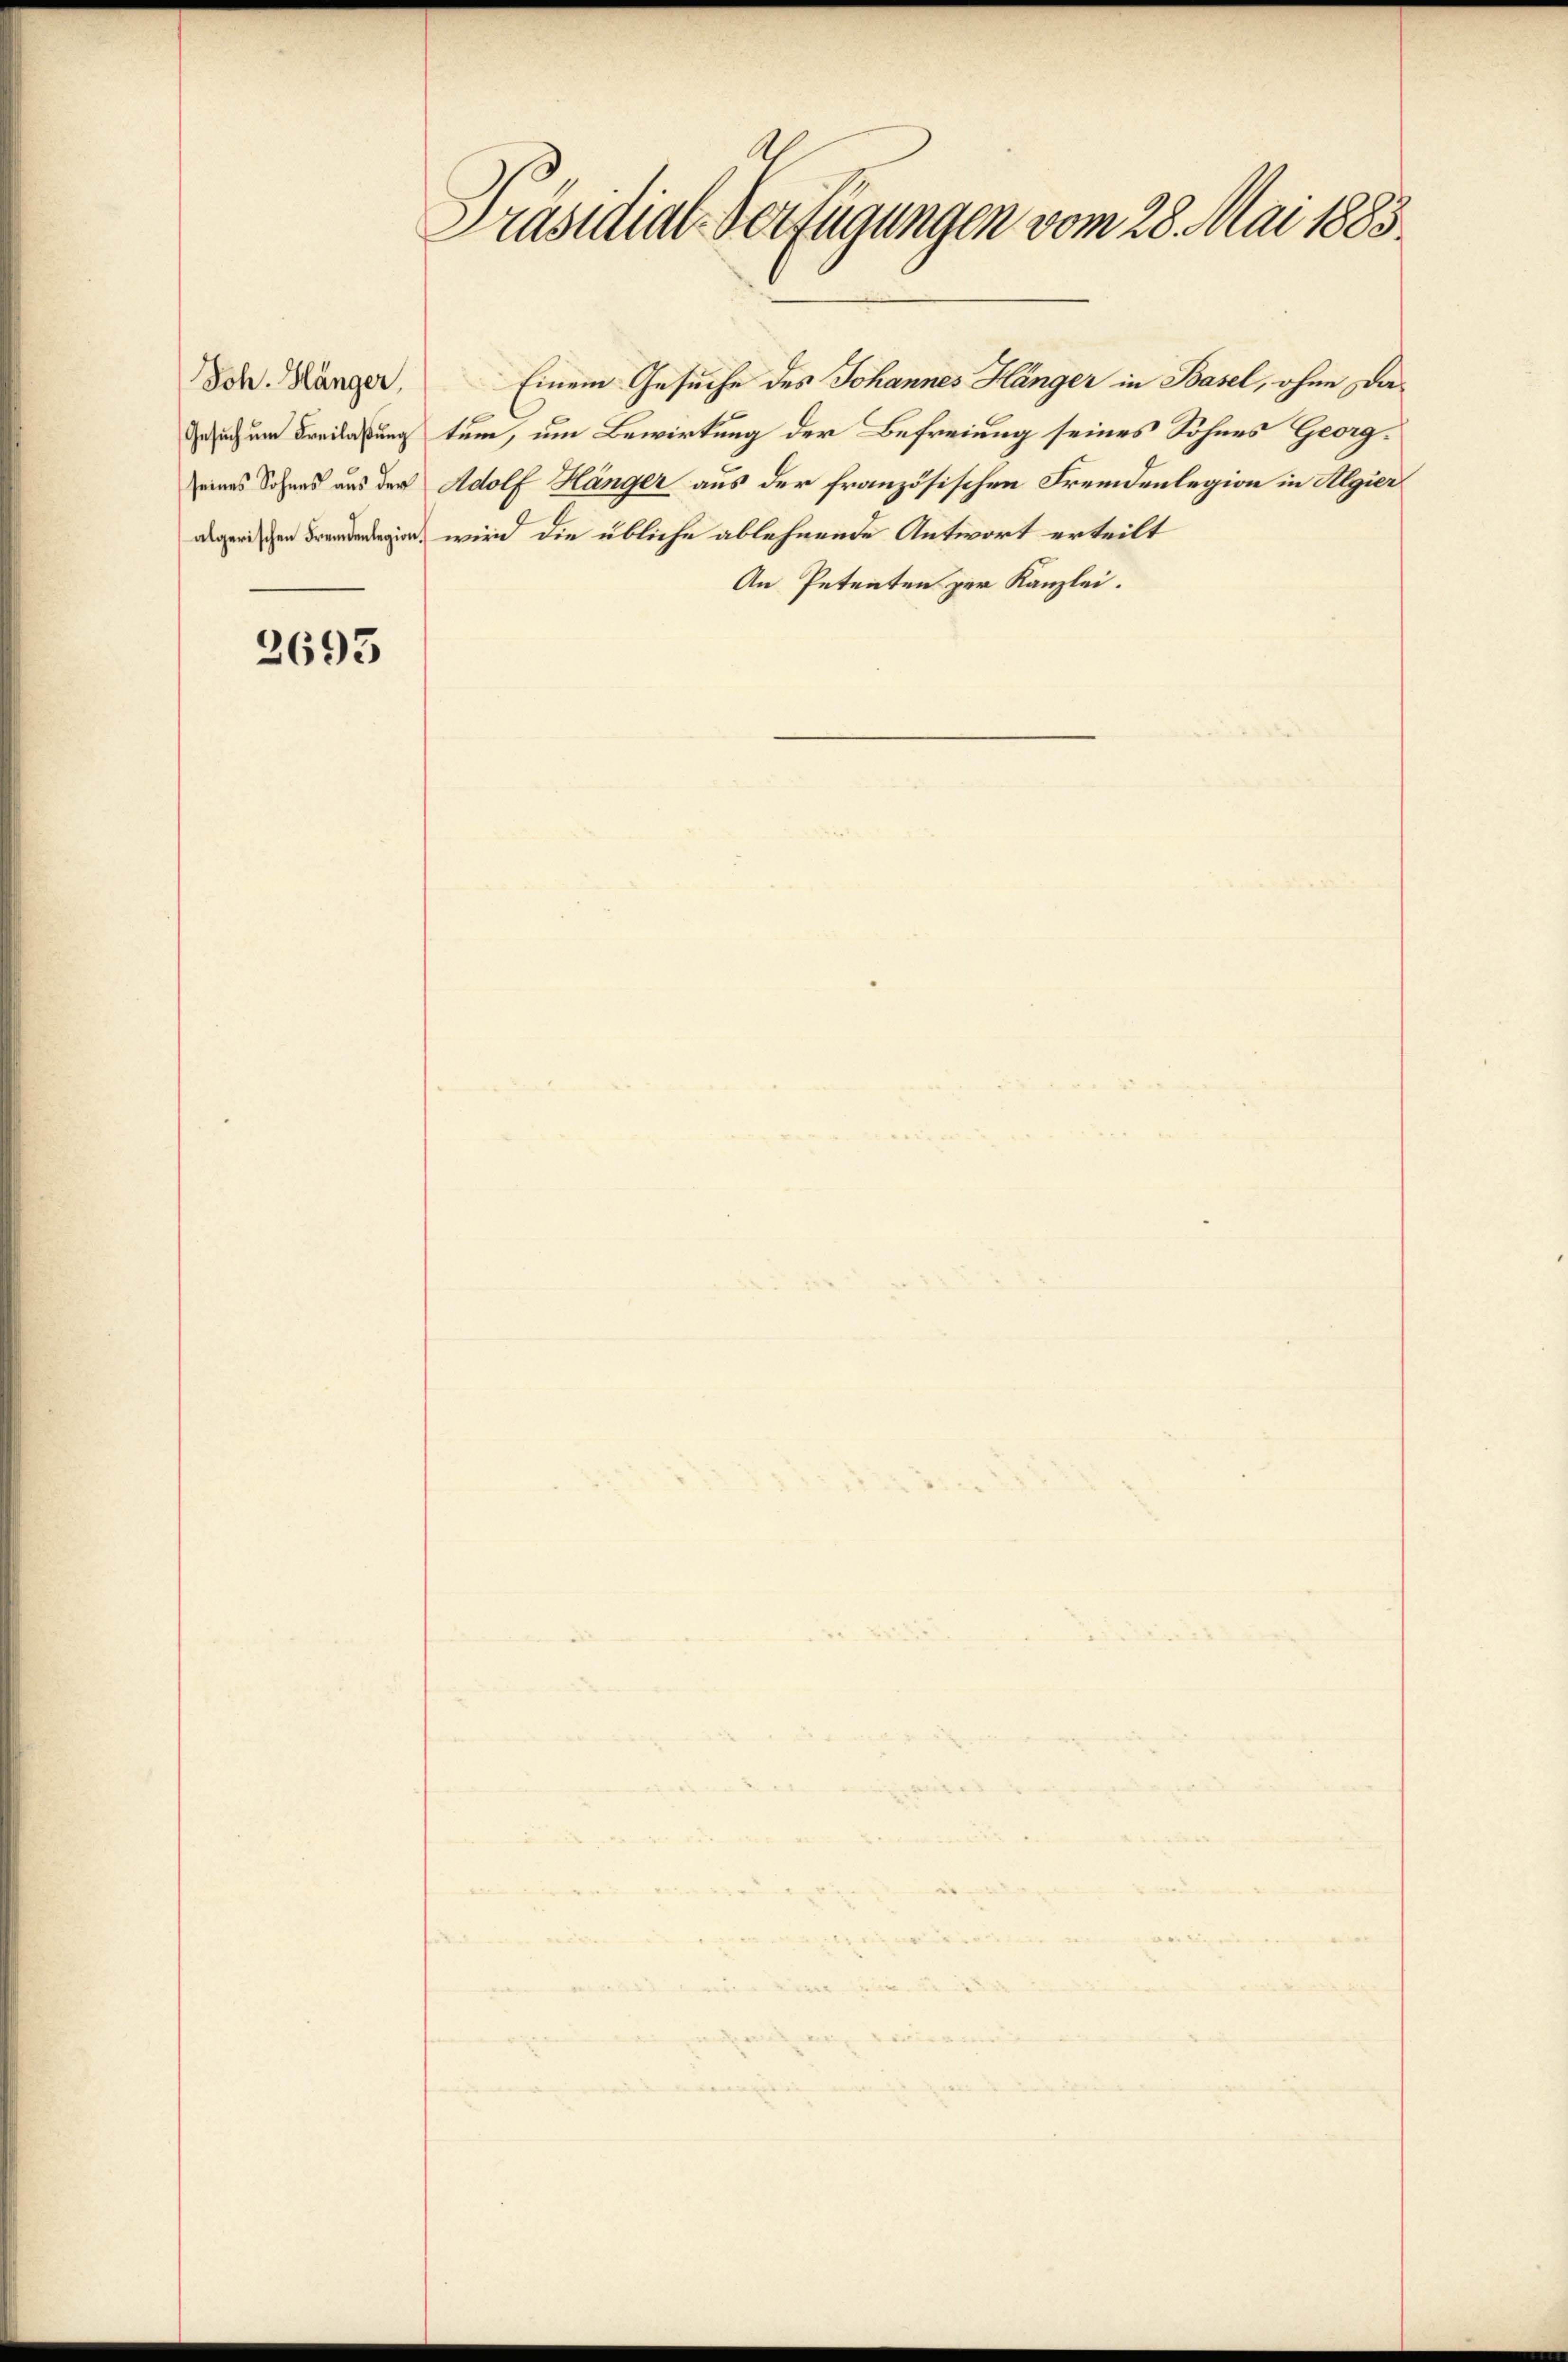
Joh. Hänger,
Gesuch um Freilaßung
seines Sohnes aus der

2695

Präsidial-Verfügungen vom 28. Mai 1885.

tum, um Bewirkung der Befreiung seines Sohnes Georg¬
Adolf Hänger aus der französischen Fremdenlegion in Algier
i wird die übliche ablehnende Antwort erteilt
An Petenten zur Kanzlei.

Einem Gesuche des Johannes Hänger in Basel, ohne Da¬